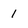
Character: 1